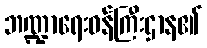
ဘဏ္ဍာရေးဝန်ကြီးဌာန၏